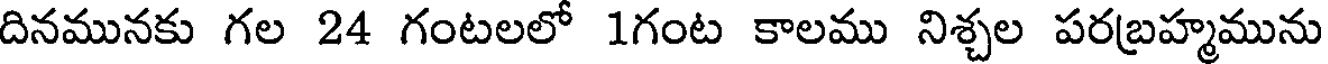
దినమునకు గల 24 గంటలలో 1గంట కాలము నిశ్చల పరబ్రహ్మమును